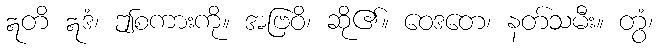
ဣတိ ဣဒံ၊ ဤစကားကို။ အဗြဝိ၊ ဆို၏။ ဝေဒတေ၊ နတ်သမီး။ တွံ၊